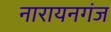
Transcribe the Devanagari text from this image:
नारायनगंज